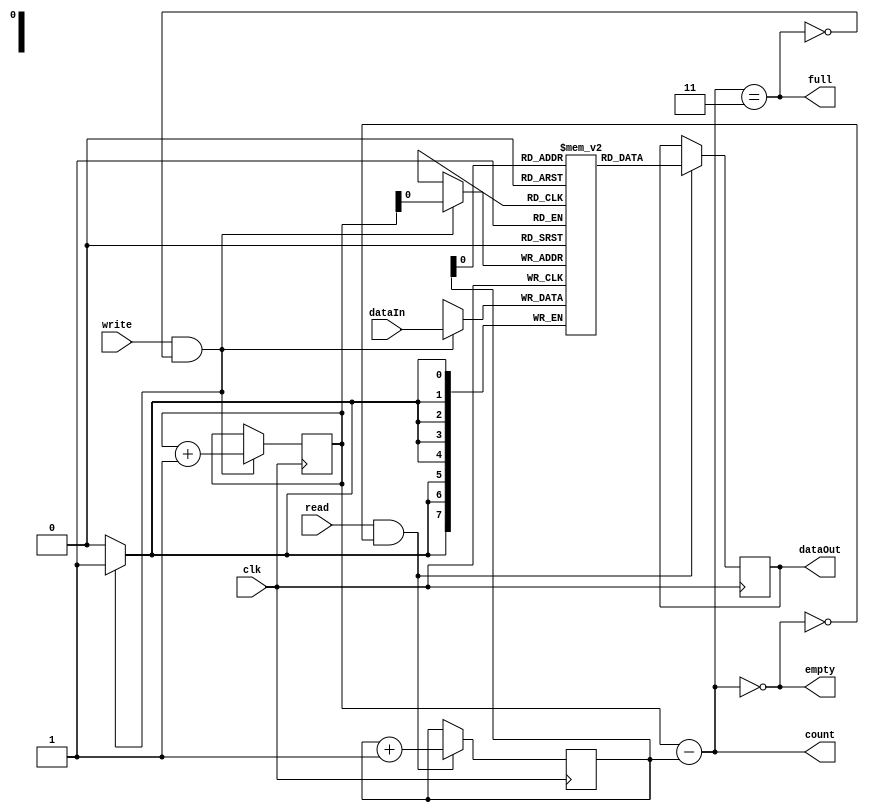
module fifo
(
	clk,
	write,
	read,
	dataIn,
	dataOut,
	count,
	full,
	empty
);

	parameter n = 8;
	parameter depth = 1;

	input clk;
	
	input write;
	input [n-1:0] dataIn;
	output reg full;
	output reg [depth:0] count;

	input read;
	output reg [n-1:0] dataOut;
	output reg empty;

	reg [n-1:0] mem [(1<<depth)-1:0];
	reg [depth:0] write_addr, read_addr;

	wire w_write = (write && !full);
	wire w_read = (read && !empty);

	initial
	begin
		write_addr = 0;
		read_addr = 0;
	end

	always @(posedge clk)
	begin
		if(w_write)
		begin
			write_addr <= write_addr + 1'b1;
			mem[write_addr[depth-1:0]] <= dataIn;
		end

		if(w_read)
		begin
			read_addr <= read_addr + 1'b1;
			dataOut = mem[read_addr[depth-1:0]];
		end
	end

	always @(*)
		count = write_addr - read_addr;

	always @(*)
		full = (count == {1'b1, {(depth){1'b1}}});

	always @(*)
		empty = (count == 0);


endmodule